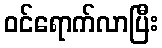
ဝင်ရောက်လာပြီး